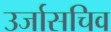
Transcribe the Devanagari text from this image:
उर्जासचिव